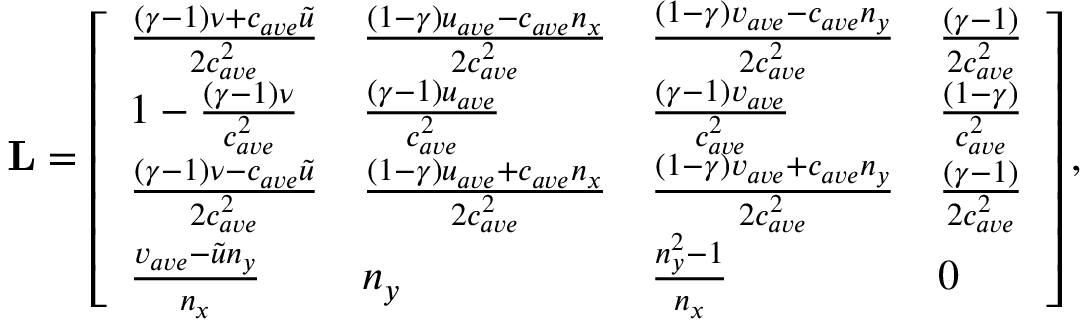
\mathbf { L } = \left[ \begin{array} { l l l l } { \frac { ( \gamma - 1 ) \nu + c _ { a v e } \tilde { u } } { 2 c _ { a v e } ^ { 2 } } } & { \frac { ( 1 - \gamma ) u _ { a v e } - c _ { a v e } n _ { x } } { 2 c _ { a v e } ^ { 2 } } } & { \frac { ( 1 - \gamma ) v _ { a v e } - c _ { a v e } n _ { y } } { 2 c _ { a v e } ^ { 2 } } } & { \frac { ( \gamma - 1 ) } { 2 c _ { a v e } ^ { 2 } } } \\ { 1 - \frac { ( \gamma - 1 ) \nu } { c _ { a v e } ^ { 2 } } } & { \frac { ( \gamma - 1 ) u _ { a v e } } { c _ { a v e } ^ { 2 } } } & { \frac { ( \gamma - 1 ) v _ { a v e } } { c _ { a v e } ^ { 2 } } } & { \frac { ( 1 - \gamma ) } { c _ { a v e } ^ { 2 } } } \\ { \frac { ( \gamma - 1 ) \nu - c _ { a v e } \tilde { u } } { 2 c _ { a v e } ^ { 2 } } } & { \frac { ( 1 - \gamma ) u _ { a v e } + c _ { a v e } n _ { x } } { 2 c _ { a v e } ^ { 2 } } } & { \frac { ( 1 - \gamma ) v _ { a v e } + c _ { a v e } n _ { y } } { 2 c _ { a v e } ^ { 2 } } } & { \frac { ( \gamma - 1 ) } { 2 c _ { a v e } ^ { 2 } } } \\ { \frac { v _ { a v e } - \tilde { u } n _ { y } } { n _ { x } } } & { n _ { y } } & { \frac { n _ { y } ^ { 2 } - 1 } { n _ { x } } } & { 0 } \end{array} \right] ,